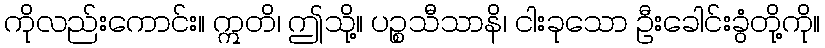
ကိုလည်းကောင်း။ ဣတိ၊ ဤသို့။ ပဉ္စသီသာနိ၊ ငါးခုသော ဦးခေါင်းခွံတို့ကို။